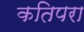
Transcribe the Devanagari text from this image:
कतिपरा